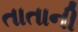
તાતાની